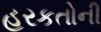
હરકતોની